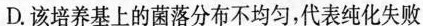
D.该培养基上的菌落分布不均匀，代表纯化失败